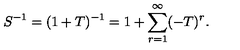
S ^ { - 1 } = ( 1 + T ) ^ { - 1 } = 1 + \sum _ { r = 1 } ^ { \infty } ( - T ) ^ { r } .